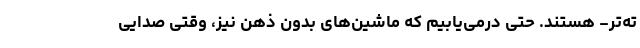
ته‌تر- هستند. حتی درمی‌یابیم که ماشین‌های بدون ذهن نیز، وقتی صدایی